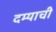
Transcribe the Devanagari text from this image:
दम्याची